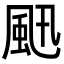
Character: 𩖜